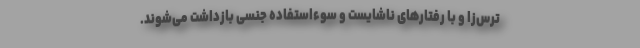
ترس‌زا و با رفتارهای ناشایست و سوء‌استفاده جنسی بازداشت می‌شوند.